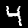
Label: 4